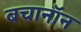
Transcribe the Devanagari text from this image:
बचानॉन